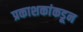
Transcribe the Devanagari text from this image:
प्रकाशकांकडून